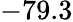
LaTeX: -79.3